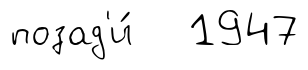
позад'и́ 1947